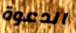
الدعوة